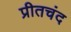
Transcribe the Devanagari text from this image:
प्रीतचंद